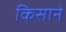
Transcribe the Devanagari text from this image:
किसाने